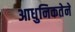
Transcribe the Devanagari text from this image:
आधुनिकतेने